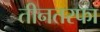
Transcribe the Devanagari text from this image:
तीनतरफा